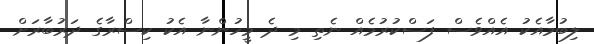
ލިބުމާއެކު އެއްވެސް ފަސްކުރުމެއް ނެތި މި ދެ މީހުންނާ އެކު ކިސްރާގެ ދަރުބާރަށް